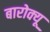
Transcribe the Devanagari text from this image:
बारोक्यू